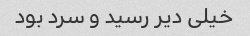
خیلی دیر رسید و سرد بود